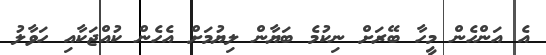
އެ އަންހެން މީހާ ބޭރަށް ނިކުމެ ބަޔާން ލިޔުމަށް އެހެން ކުއްޖަކާއި ހަވާލު